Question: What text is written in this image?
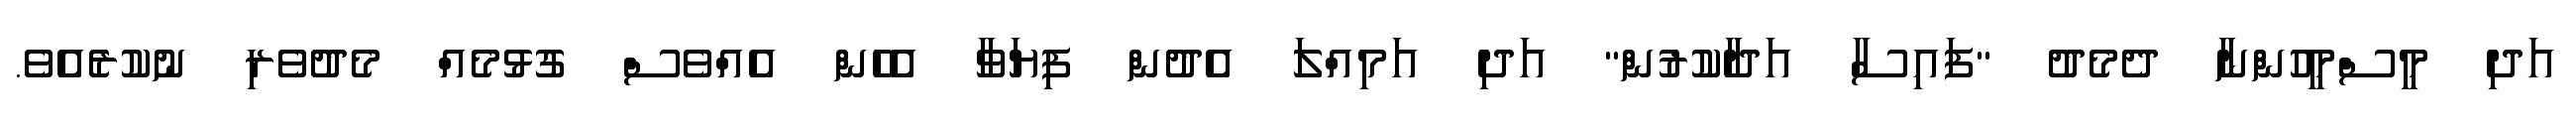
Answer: އަދި މީސްމީހުންނާ ދެމެދު "ފައިސާ އަދާކުރުން" އަދި އަމިއްލަ އެދުން ފިޔަވާ އެހެން އެއްވެސް ގުޅުމެއް މެދުވެރި ނުކުރެއެވެ.